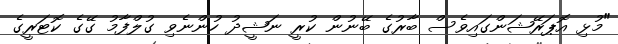
"މުޅި އޮޕަރޭޝަންގައިވެސް ބާރުގެ ބޭނުން ކުރީ ނަޝީދު ހުންނެވި ގުލްފާމު ގޭގެ ކޮޓަރީގެ